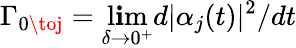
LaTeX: \Gamma_{0\toj}=\operatorname*{l\mathbf{i}m}_{\delta\to0^{+}}d|\alpha_{j}(t)|^{2}/dt